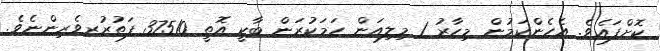
ކޮށްފައެވެ. އެހެންކަމުން މިހާރު 1 މިލިއަން ހަމަކުރަން ބާކީ އޮތީ 37510 ފަތުރުރވެރިންނެވެ.